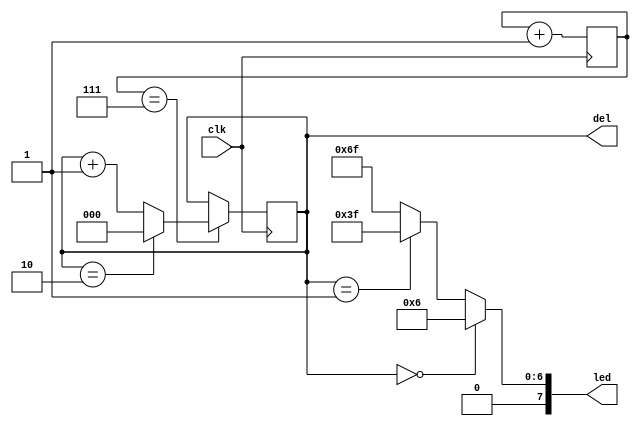
`timescale 1ns / 1ps
//////////////////////////////////////////////////////////////////////////////////
// Company: 
// Engineer: 
// 
// Design Name: 
// Module Name: ID_reveal
// Project Name: 
// Target Devices: 
// Tool Versions: 
// Description: 
// 
// Dependencies: 
// 
// Revision:
// Revision 0.01 - File Created
// Additional Comments:
// 
//////////////////////////////////////////////////////////////////////////////////


module ID_reveal(
    input  clk,
    output reg [7:0]led,
    output wire [2:0]del
    );
    
    reg [2:0]dout = 0;  //
    reg [2:0]S = 0;  //
    
    always @(posedge clk)begin  //
        dout <= dout + 1'b1;
        if(dout == 7)begin  //127S+1
            S <= S + 1'b1;
            if(S == 2) begin
                S <= 3'b000;
            end
        end
        else begin
            S = S;
        end
        //$display("%d",S);
    end
    
    assign del = S;
    
    
    always @(*)begin
        if(del == 3'b000)begin
            led <= 8'b00000110;  //1
        end
        else if(del == 3'b001)begin
            led <= 8'b00111111;  //0
        end
        else begin
            led <= 8'b01101111;  //9
        end
    end
    
endmodule